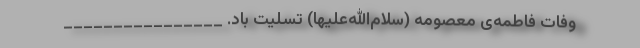
وفات فاطمه‌ی معصومه (سلام‌الله‌علیها) تسلیت باد. ________________